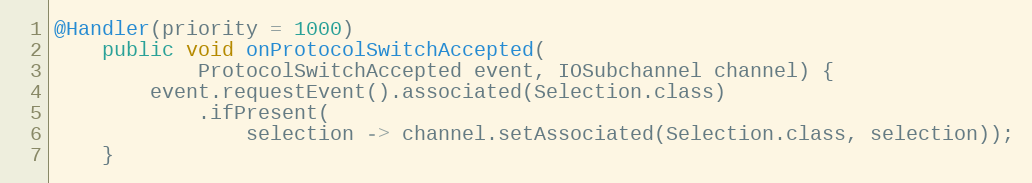
Language: Java
@Handler(priority = 1000)
    public void onProtocolSwitchAccepted(
            ProtocolSwitchAccepted event, IOSubchannel channel) {
        event.requestEvent().associated(Selection.class)
            .ifPresent(
                selection -> channel.setAssociated(Selection.class, selection));
    }